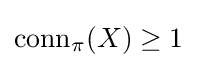
{\text{conn}}_{\pi }(X)\geq 1